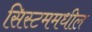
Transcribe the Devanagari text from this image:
सिस्टममधील